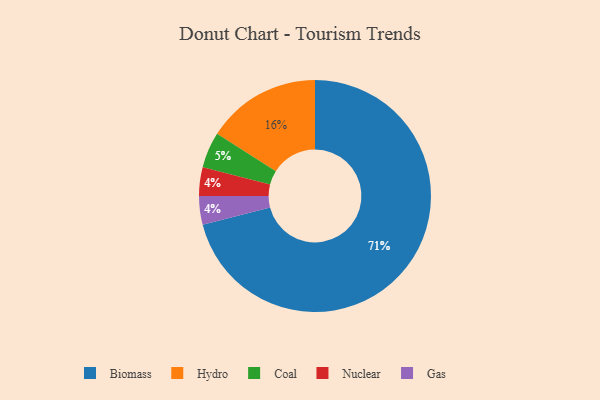
{"axis": {"x": "Category", "y": "Percentage"}, "legend": ["Biomass", "Coal", "Gas", "Hydro", "Nuclear"], "data": [{"x": "Biomass", "y": 71, "type": "Biomass"}, {"x": "Nuclear", "y": 4, "type": "Nuclear"}, {"x": "Hydro", "y": 16, "type": "Hydro"}, {"x": "Coal", "y": 5, "type": "Coal"}, {"x": "Gas", "y": 4, "type": "Gas"}]}